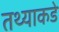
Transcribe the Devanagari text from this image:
तथ्याकडे